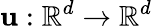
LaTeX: \mathbf{u}:\mathbb{{R}}^{d}\rightarrow\mathbb{{R}}^{d}